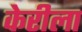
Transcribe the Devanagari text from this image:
केरीला